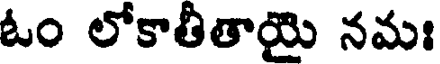
ఓం లోకాతీతాయై నమః